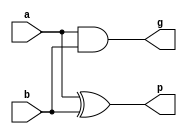
`timescale 1ns / 1ps
//////////////////////////////////////////////////////////////////////////////////
// Company: 
// Engineer: 
// 
// Design Name: 
// Module Name: pg_logic
// Project Name: 
// Target Devices: 
// Tool Versions: 
// Description: 
// 
// Dependencies: 
// 
// Revision:
// Revision 0.01 - File Created
// Additional Comments:
// 
//////////////////////////////////////////////////////////////////////////////////


module pg_logic(a, b, p, g);
input [15:0]a;
input [15:0]b;

output [15:0]p;
output [15:0]g;

reg [15:0]p; 
reg [15:0]g;

always @(*) begin 
    p = a ^ b; 
    g = a & b;
end
endmodule